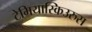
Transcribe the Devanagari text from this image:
टेमियास्किउरुस